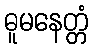
ဓူမနေတ္တံ